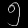
Digit: ၅